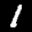
Label: 1